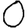
Digit: 0